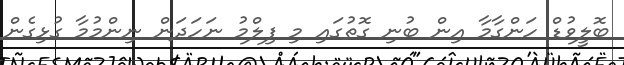
ބޮލީވުޑް ހަންގާމާ އިން ބުނި ގޮތުގައި މި ފިލްމު ނަހަދަން ނިންމުމާ ގުޅިގެން